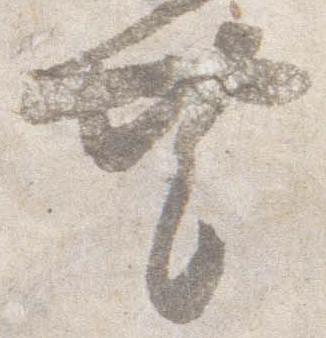
共